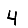
Digit: 4